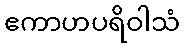
ဧကာဟပရိဝါသံ